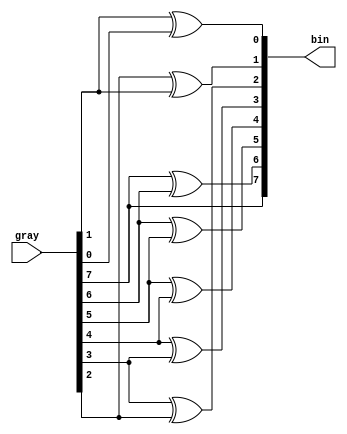
`timescale 1ns / 1ps
module graytobin_8bit(input [7:0] gray,output [7:0] bin);
assign bin[7]=gray[7];
assign bin[6]=gray[7]^gray[6];
assign bin[5]=gray[6]^gray[5];
assign bin[4]=gray[5]^gray[4];
assign bin[3]=gray[4]^gray[3];
assign bin[2]=gray[3]^gray[2];
assign bin[1]=gray[2]^gray[1];
assign bin[0]=gray[1]^gray[0];
endmodule